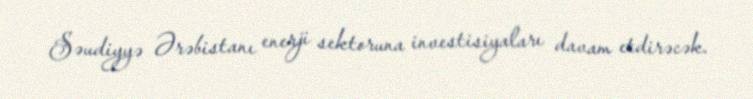
Səudiyyə Ərəbistanı enerji sektoruna investisiyaları davam etdirəcək.